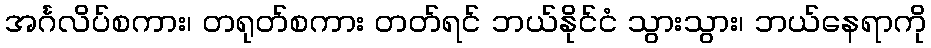
အင်္ဂလိပ်စကား၊ တရုတ်စကား တတ်ရင် ဘယ်နိုင်ငံ သွားသွား၊ ဘယ်နေရာကို